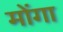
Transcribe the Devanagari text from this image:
मोंगा